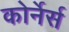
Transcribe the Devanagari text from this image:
कोर्नेर्स